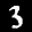
Label: 3